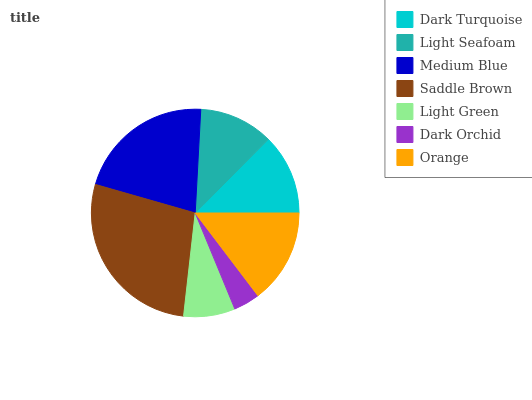
| Dark Turquoise | Light Seafoam | Medium Blue | Saddle Brown | Light Green | Dark Orchid | Orange |
 | --- | --- | --- | --- | --- | --- | --- |
 | 12.5% | 11.6% | 21.5% | 27.7% | 8.01% | 4.09% | 14.7% |